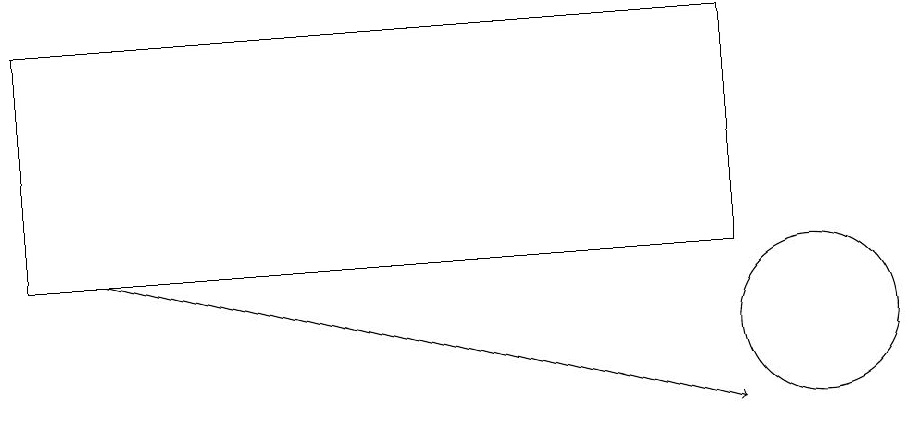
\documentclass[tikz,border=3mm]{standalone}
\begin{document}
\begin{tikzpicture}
\draw[->] (1,12) -- (9,10);
\draw (0,12) rectangle (9,15);
\draw (10,11) circle (1);
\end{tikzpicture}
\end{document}